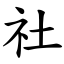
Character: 社